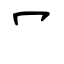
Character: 冖